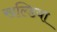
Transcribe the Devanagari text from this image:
खल्डिया